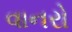
વાનરો